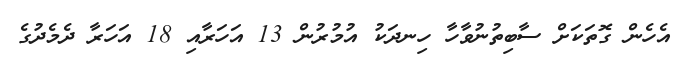
އެހެން ގޮތަކަށް ސާބިތުނުވާހާ ހިނދަކު އުމުރުން 13 އަހަރާއި 18 އަހަރާ ދެމެދުގެ